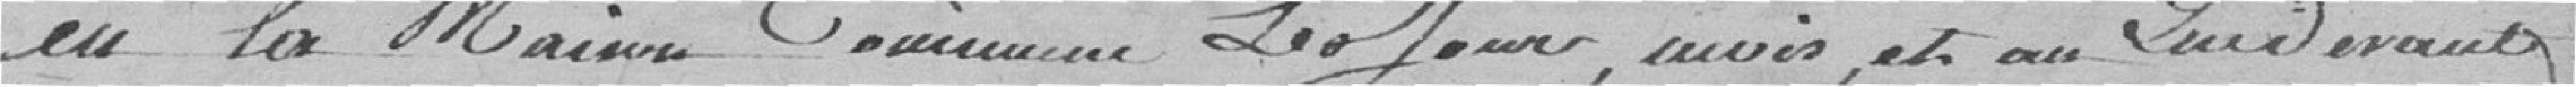
en la Maison Commune le jour, mois, et au par-devant